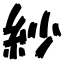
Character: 紗